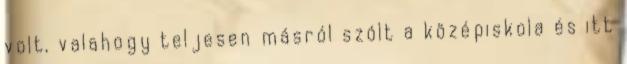
volt, valahogy teljesen másról szólt a középiskola és itt